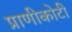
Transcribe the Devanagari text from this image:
प्राणीकोटी